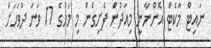
ނައިޓް މާކެޓް އޮންނާނީ މިއަދުން ފެށިގެން މި މަހުގެ 17 ވަނަ ދުވަހަށް